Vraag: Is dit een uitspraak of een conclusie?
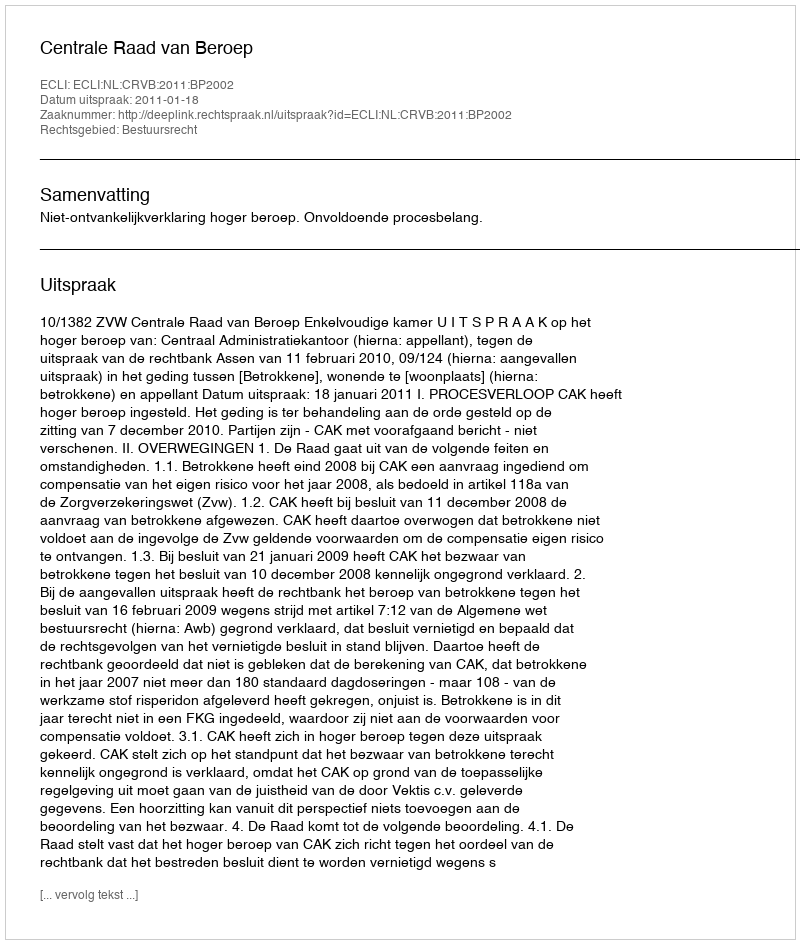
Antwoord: Uitspraak